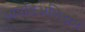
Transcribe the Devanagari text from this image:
आयडिअलिझम